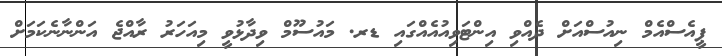
ޕީއެސްއެމް ނިއުސްއަށް ދެއްވި އިންޓަވިއުއެއްގައި ޑރ. މައުސޫމް ވިދާޅުވީ މިއަހަރު ރާއްޖެ އަންނާނެކަމަށް